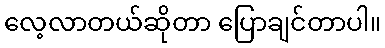
လေ့လာတယ်ဆိုတာ ပြောချင်တာပါ။